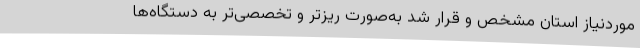
موردنیاز استان مشخص و قرار شد به‌صورت ریزتر و تخصصی‌تر به دستگاه‌ها